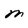
Character: M